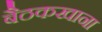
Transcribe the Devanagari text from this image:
बैठकखाना